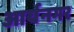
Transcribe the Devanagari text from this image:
आर्यनगर